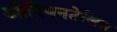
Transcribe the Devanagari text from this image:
ओरियनटेलिस